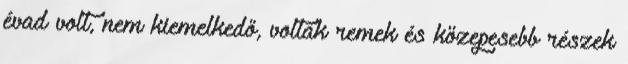
évad volt, nem kiemelkedő, voltak remek és közepesebb részek